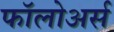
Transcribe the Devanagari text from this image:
फॉलोअर्स